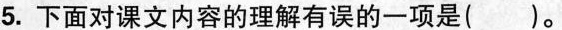
5.下面对课文内容的理解有误的一项是()。